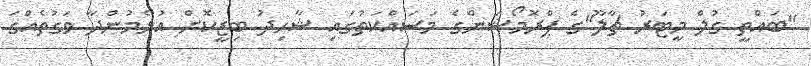
"ބައްތީ ގުލް މީޓަރު ޗާލޫ"ގެ ޕްރޮމޯޝަންގެ މަސައްކަތުގައި ޝާހިދު ބިޒީކޮށް އުޅެމުންދާ ވަގުތެއްގަ